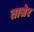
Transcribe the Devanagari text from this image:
तासेर